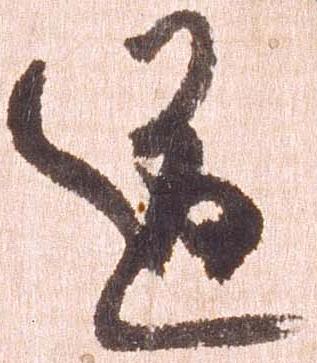
道